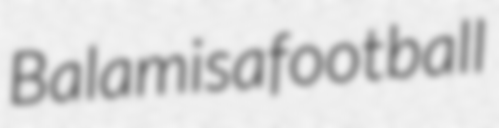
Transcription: Balam is a football